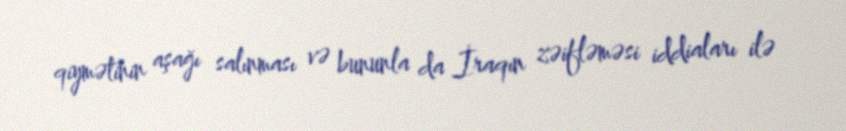
qiymətinin aşağı salınması və bununla da İraqın zəifləməsi iddiaları ilə